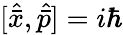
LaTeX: [\hat{\bar{x}},\hat{\bar{p}}]=i\hbar